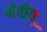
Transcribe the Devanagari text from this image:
नेवीयू